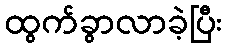
ထွက်ခွာလာခဲ့ပြီး